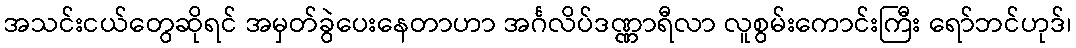
အသင်းငယ်တွေဆိုရင် အမှတ်ခွဲပေးနေတာဟာ အင်္ဂလိပ်ဒဏ္ဏာရီလာ လူစွမ်းကောင်းကြီး ရော်ဘင်ဟုဒ်၊